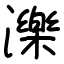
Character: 濼